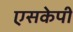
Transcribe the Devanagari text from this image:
एसकेपी